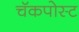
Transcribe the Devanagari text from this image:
चॅकपोस्ट